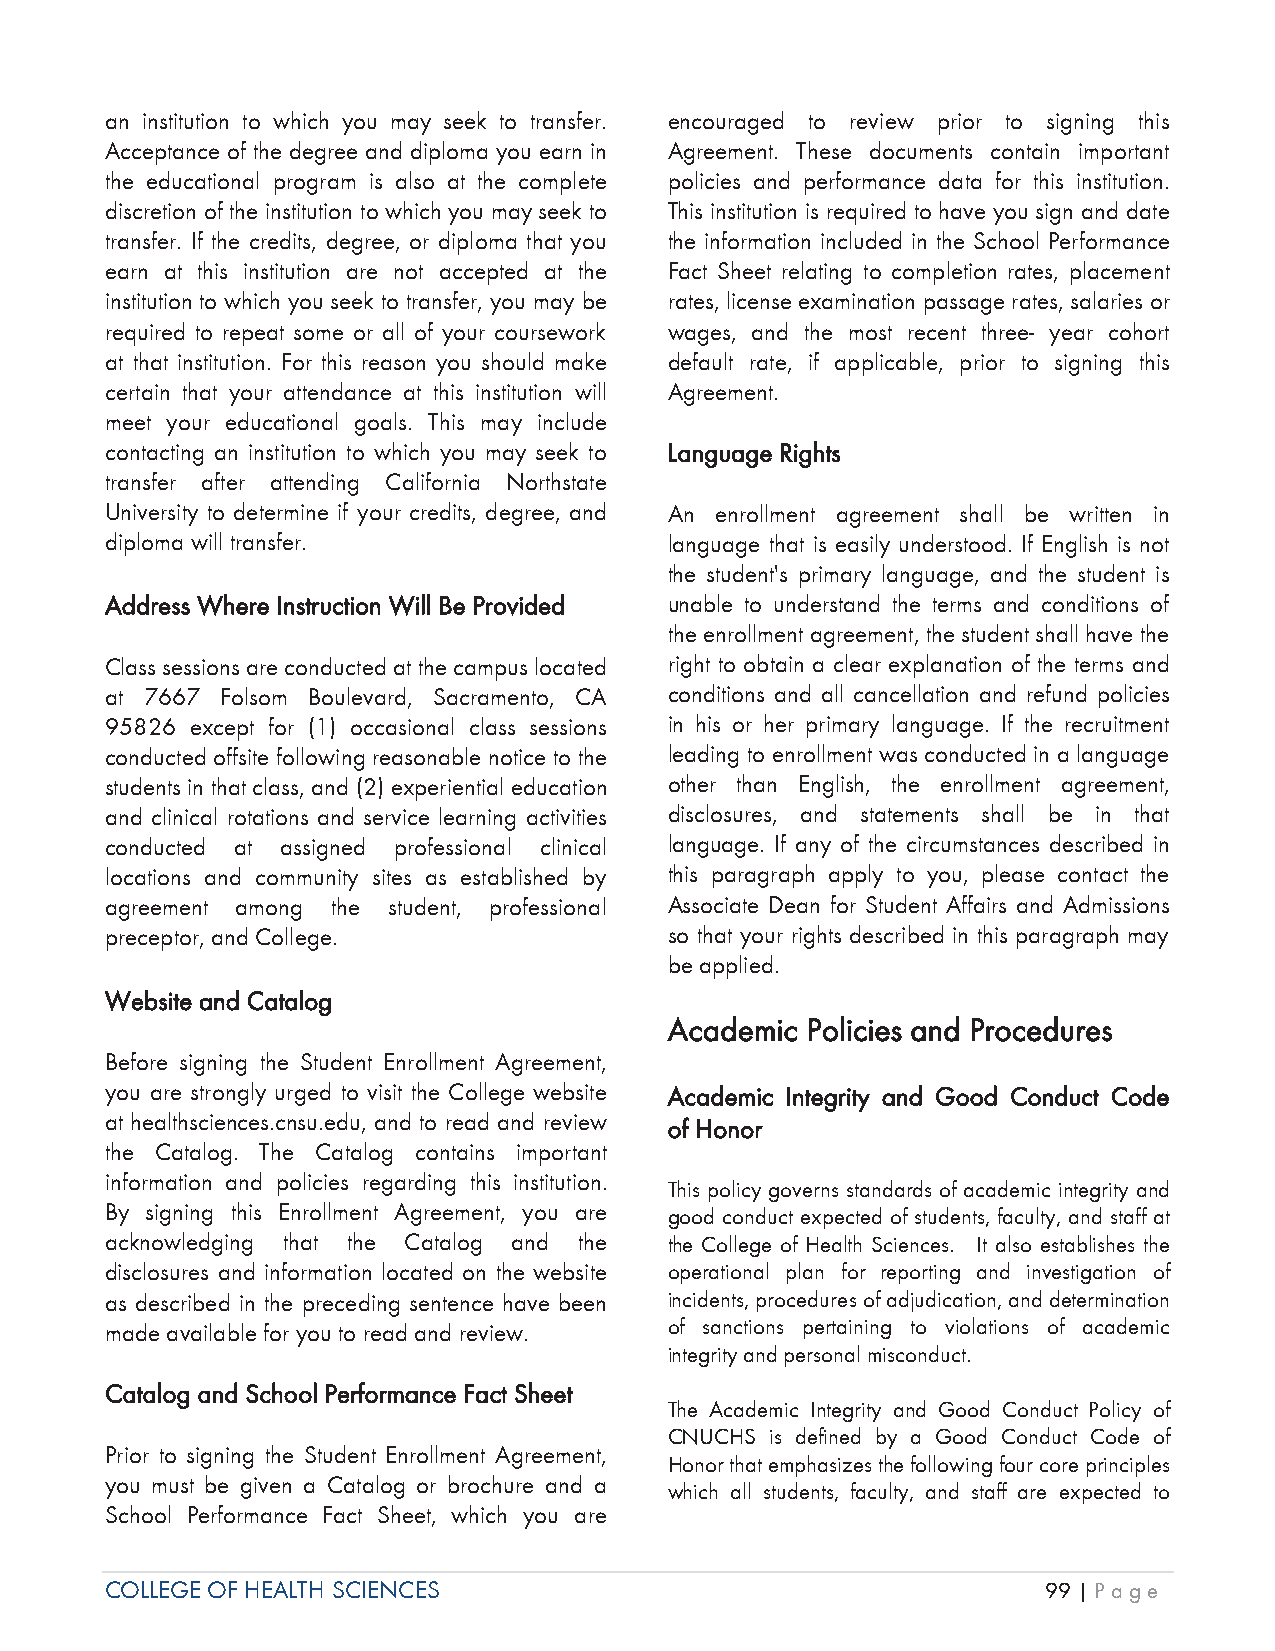
an institution to which you may seek to transfer. encouraged to review prior to signing this
 Acceptance of the degree and diploma you earn in Agreement. These documents contain important
 the educational program is also at the complete policies and performance data for this institution.
 discretion of the institution to which you may seek to This institution is required to have you sign and date
 transfer. If the credits, degree, or diploma that you the information included in the School Performance
 earn at this institution are not accepted at the Fact Sheet relating to completion rates, placement
 institution to which you seek to transfer, you may be rates, license examination passage rates, salaries or
 required to repeat some or all of your coursework wages, and the most recent three- year cohort
 at that institution. For this reason you should make default rate, if applicable, prior to signing this
 certain that your attendance at this institution will Agreement.
 meet your educational goals. This may include
 contacting an institution to which you may seek to Language Rights
 transfer after attending California Northstate
 University to determine if your credits, degree, and An enrollment agreement shall be written in
 diploma will transfer.               language that is easily understood. If English is not
 the student's primary language, and the student is
 AAddress Where Instruction Will Be Provided unable to understand the terms and conditions of
 the enrollment agreement, the student shall have the
 Class sessions are conducted at the campus located right to obtain a clear explanation of the terms and
 at 7667 Folsom Boulevard, Sacramento, CA conditions and all cancellation and refund policies
 95826 except for (1) occasional class sessions in his or her primary language. If the recruitment
 conducted offsite following reasonable notice to the leading to enrollment was conducted in a language
 students in that class, and (2) experiential education other than English, the enrollment agreement,
 and clinical rotations and service learning activities disclosures, and statements shall be in that
 conducted at assigned professional clinical language. If any of the circumstances described in
 locations and community sites as established by this paragraph apply to you, please contact the
 agreement among the student, professional Associate Dean for Student Affairs and Admissions
 preceptor, and College.              so that your rights described in this paragraph may
 be applied.
 Website and Catalog
 Academic Policies and Procedures
 Before signing the Student Enrollment Agreement,
 you are strongly urged to visit the College website Academic Integrity and Good Conduct Code
 at healthsciences.cnsu.edu, and to read and review of Honor
 the Catalog. The Catalog contains important
 information and policies regarding this institution.
 This policy governs standards of academic integrity and
 By signing this Enrollment Agreement, you are good conduct expected of students, faculty, and staff at
 acknowledging that the Catalog and the the College of Health Sciences. It also establishes the
 disclosures and information located on the website operational plan for reporting and investigation of
 as described in the preceding sentence have been incidents, procedures of adjudication, and determination
 made available for you to read and review. of sanctions pertaining to violations of academic
 integrity and personal misconduct.
 Catalog and School Performance Fact Sheet
 The Academic Integrity and Good Conduct Policy of
 CNUCHS is defined by a Good Conduct Code of
 Prior to signing the Student Enrollment Agreement,
 Honor that emphasizes the following four core principles
 you must be given a Catalog or brochure and a
 which all students, faculty, and staff are expected to
 School Performance Fact Sheet, which you are
 COLLEGE OF HEALTH SCIENCES                                    99 | Page